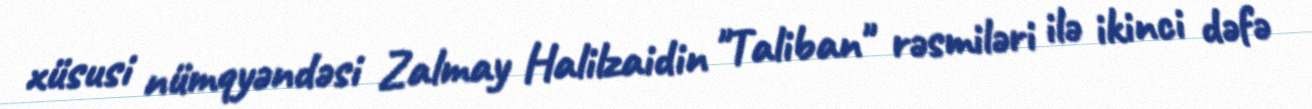
xüsusi nümqyəndəsi Zalmay Halilzaidin "Taliban" rəsmiləri ilə ikinci dəfə